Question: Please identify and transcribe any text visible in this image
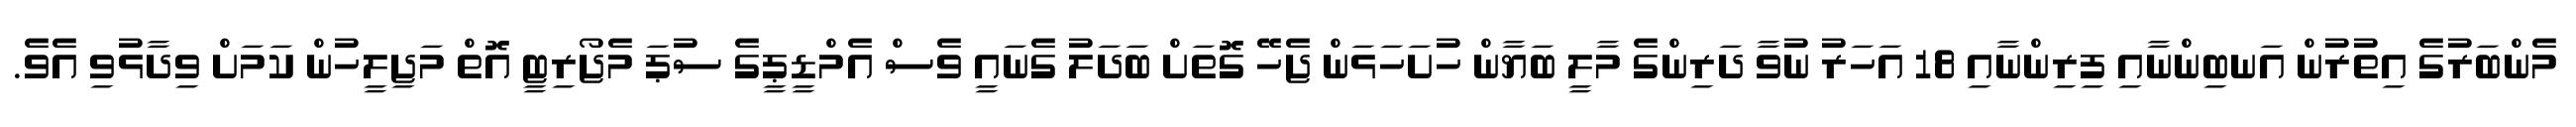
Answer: މެންބަރުގެ އިތުރުން އަނބިންނާއި ފިރިންނާއި 18 އަހަރު ނުވާ ދަރިންގެ މާލީ ބަޔާން ހުށަހަޅަން ޖެހޭ ގޮތަށް ބަދަލު ގެނައީ ވެސް އެމްޑީޕީގެ ސުޕަ މެޖޯރިޓީ އޮތް މަޖިލީހުން ކަމަށް ވިދާޅުވި އެވެ.